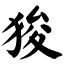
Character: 狻